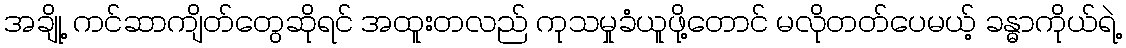
အချို့ ကင်ဆာကျိတ်တွေဆိုရင် အထူးတလည် ကုသမှုခံယူဖို့တောင် မလိုတတ်ပေမယ့် ခန္ဓာကိုယ်ရဲ့